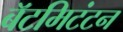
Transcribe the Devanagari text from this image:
बॅटमिटंटन